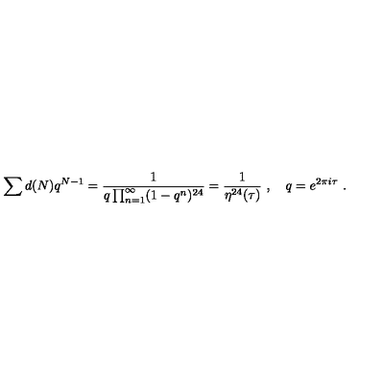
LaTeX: \sum d ( N ) q ^ { N - 1 } = \frac { 1 } { q \prod _ { n = 1 } ^ { \infty } ( 1 - q ^ { n } ) ^ { 2 4 } } = \frac { 1 } { \eta ^ { 2 4 } ( \tau ) } \ , \quad q = e ^ { 2 \pi i \tau } \ .